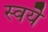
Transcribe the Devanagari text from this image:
स्वयॆ